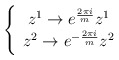
\begin{align*}\left\{ \begin{array}{c}z^{1}\rightarrow e^{\frac{2\pi i}{m}}z^{1} \\ z^{2}\rightarrow e^{-\frac{2\pi i}{m}}z^{2}\end{array}\right.\end{align*}